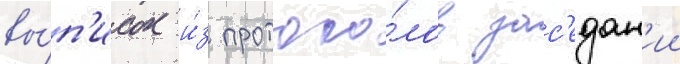
вы́п'исок и́з протоко́лов зас'едан'ии